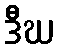
ဒီဃ